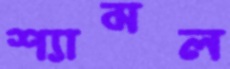
শ্যামল